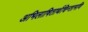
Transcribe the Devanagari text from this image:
अभिलाषितार्थचिन्तामणि